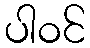
ပါဝင်